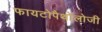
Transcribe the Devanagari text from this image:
फायटोपैथोलोजी